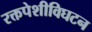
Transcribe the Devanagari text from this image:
रक्तपेशीविघटन